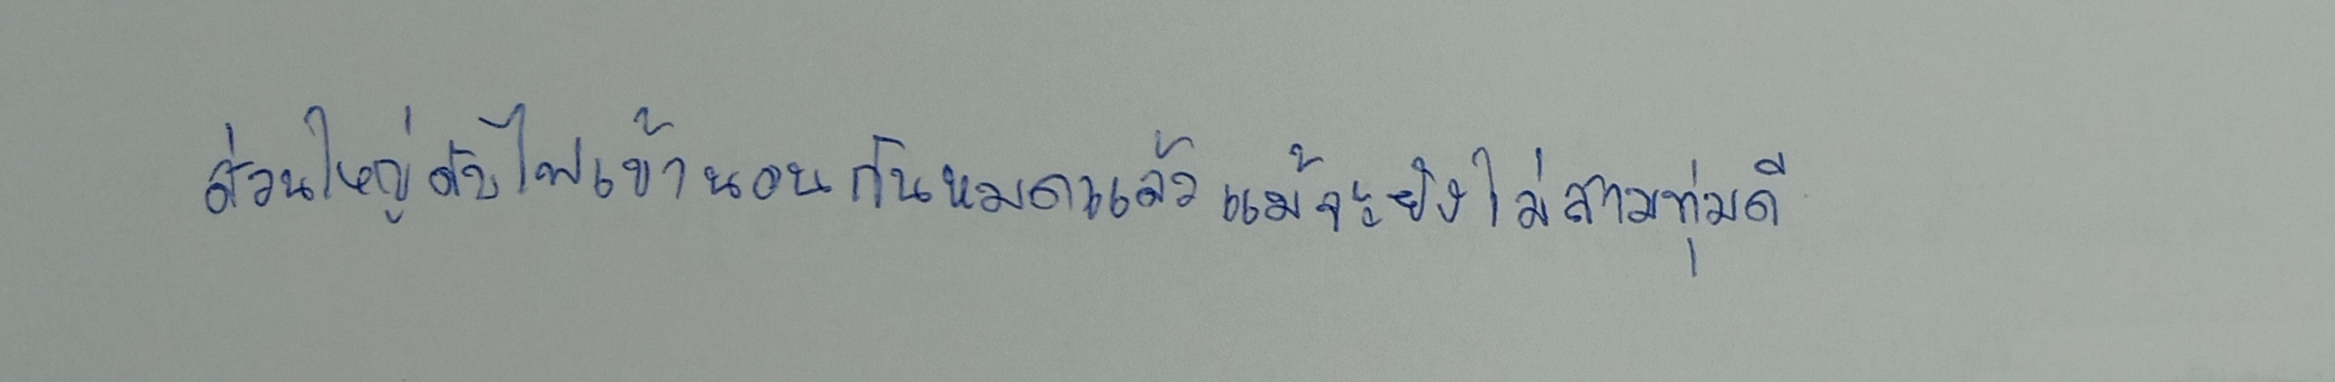
ส่วนใหญ่ดับไฟเข้านอนกันหมดแล้วแม้จะยังไม่สามทุ่มดี